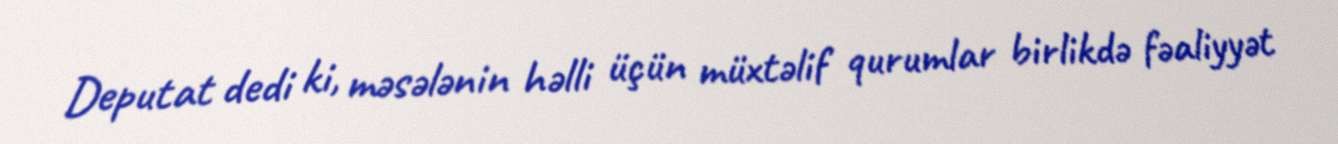
Deputat dedi ki, məsələnin həlli üçün müxtəlif qurumlar birlikdə fəaliyyət